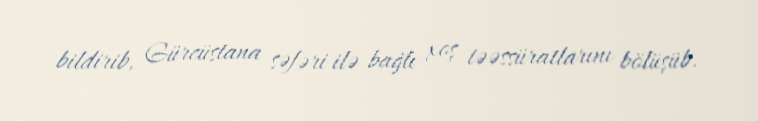
bildirib, Gürcüstana səfəri ilə bağlı xoş təəssüratlarını bölüşüb.